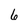
Character: 6